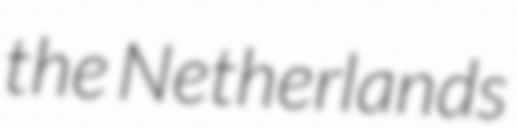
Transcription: the Netherlands